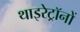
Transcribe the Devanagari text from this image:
थाइरेट्रॉनों